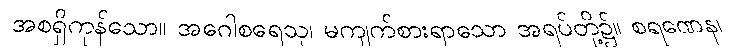
အစရှိကုန်သော။ အဂေါစရေသု၊ မကျက်စားရာသော အရပ်တို့၌။ စရဏေန၊